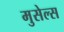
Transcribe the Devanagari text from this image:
मुसेल्स